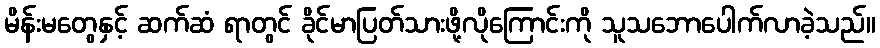
မိန်းမတွေနှင့် ဆက်ဆံ ရာတွင် ခိုင်မာပြတ်သားဖို့လိုကြောင်းကို သူသဘောပေါက်လာခဲ့သည်။